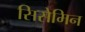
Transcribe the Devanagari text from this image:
सिसेमिन